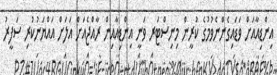
އިންޑިއާއަށް ވަޑައިގެންނެވުމުގެ ކުރީން މިނިސްޓަރ ވަނީ އިންޑިއާއިން ރާއްޖެއަށް އަލަށް އައްޔަނުކުރި ސަފީރު